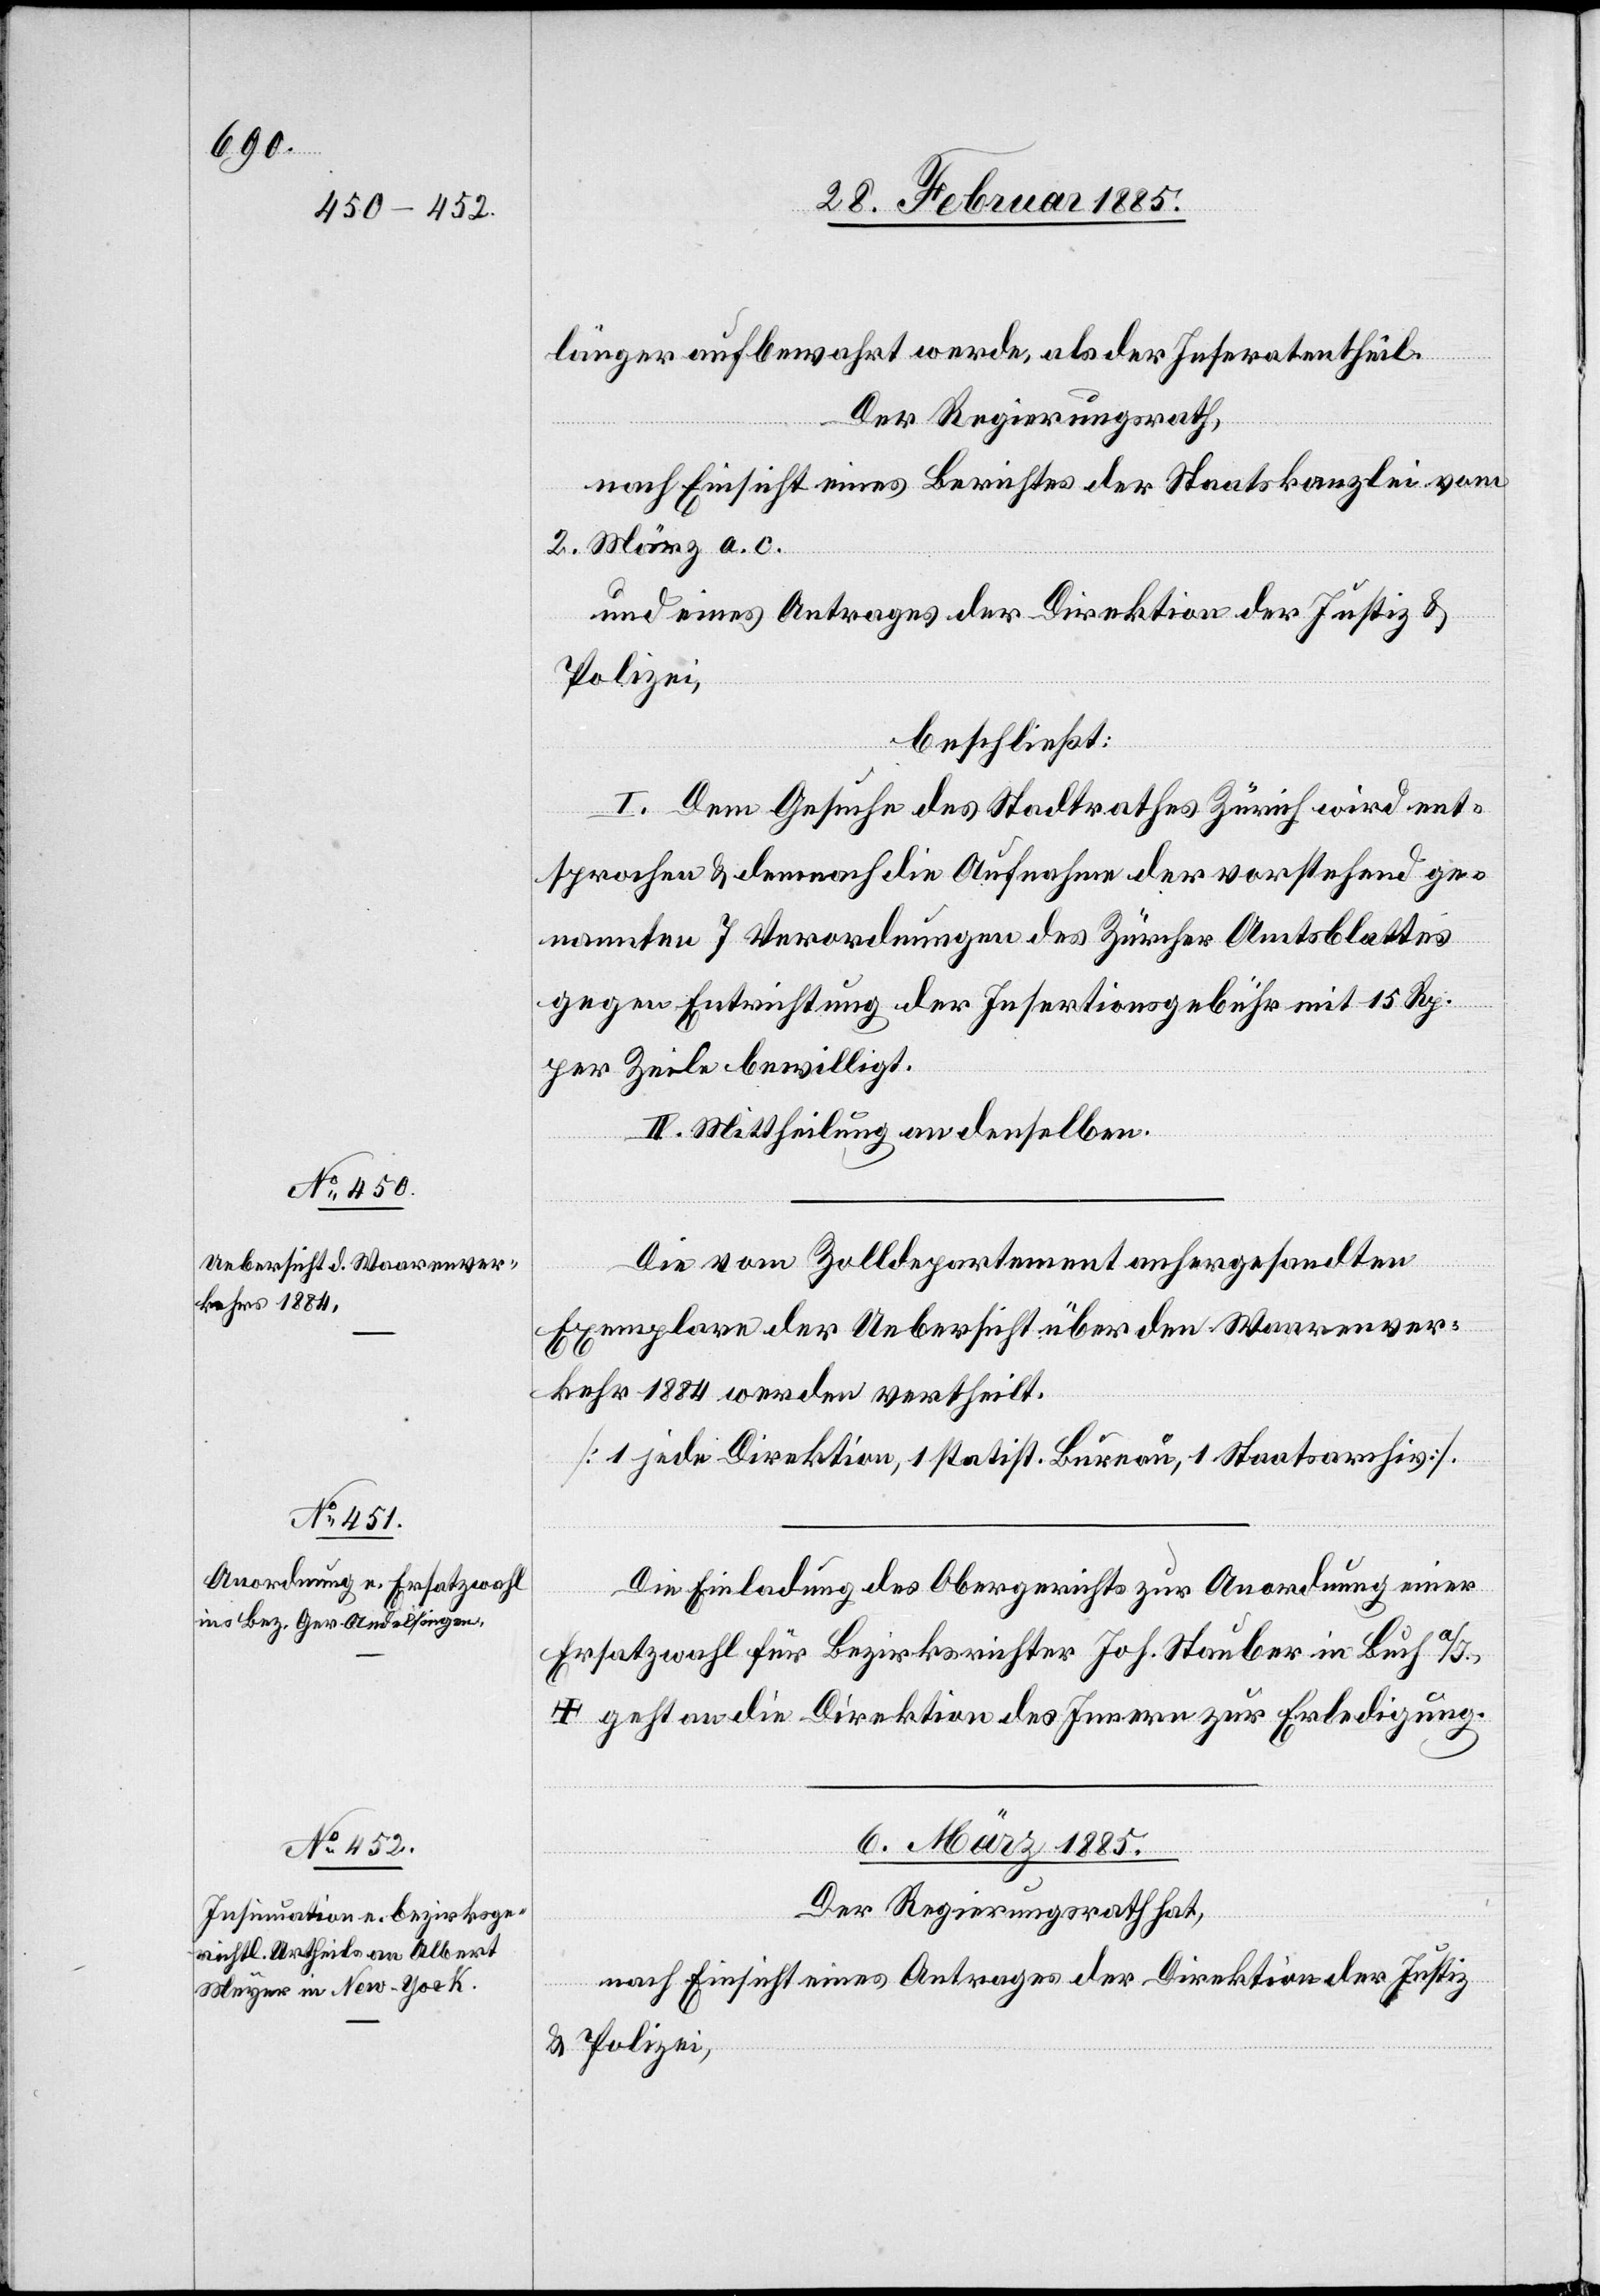
länger aufbewahrt werde, als der Inseratentheil.
Der Regierungsrath,
nach Einsicht eines Berichtes der Staatskanzlei vom
2. März a. c.
und eines Antrages der Direktion der Justiz &
Polizei,
beschließt:
I. Dem Gesuche des Stadtrathes Zürich wird ent¬
sprochen & demnach die Aufnahme der vorstehend ge¬
nannten 7 Verordnungen des Zürcher Amtsblattes
gegen Entrichtung der Insertionsgebühr mit 15 Rp.
per Zeile bewilligt.
II. Mittheilung an denselben.
Die vom Zolldepartement anhergesandten
Exemplare der Uebersicht über den Warenver¬
kehr 1884 werden vertheilt.
[1 jede Direktion, 1 statist. Bureau, 1 Staatsarchiv].
Die Einladung des Obergerichtes zur Anordnung einer
Ersatzwahl für Bezirksrichter Joh. Stauber in Buch a/I.,
† geht an die Direktion des Innern zur Erledigung.
6. März 1885.
Der Regierungsrath hat,
nach Einsicht eines Antrages der Direktion der Justiz
& Polizei,